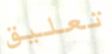
تعليق